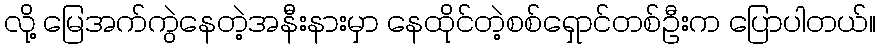
လို့ မြေအက်ကွဲနေတဲ့အနီးနားမှာ နေထိုင်တဲ့စစ်ရှောင်တစ်ဦးက ပြောပါတယ်။